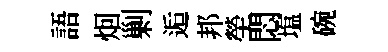
語𤇆剿逅邦塋悶塩碗